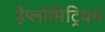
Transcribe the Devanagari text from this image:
हैप्लोमिट्रियम